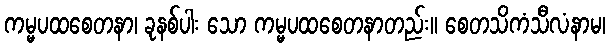
ကမ္မပထစေတနာ၊ ခုနစ်ပါး သော ကမ္မပထစေတနာတည်း။ စေတသိကံသီလံနာမ၊